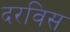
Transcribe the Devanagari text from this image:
दरविस